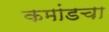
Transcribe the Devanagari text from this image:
कमांडचा